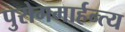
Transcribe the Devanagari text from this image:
पुरोगमार्हन्त्य